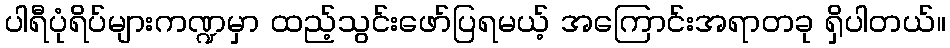
ပါရီပုံရိပ်များကဏ္ဍမှာ ထည့်သွင်းဖော်ပြရမယ့် အကြောင်းအရာတခု ရှိပါတယ်။